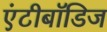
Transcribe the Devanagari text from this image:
एंटीबॉडिज